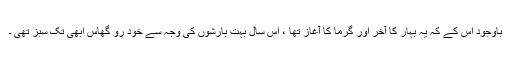
باوجود اس کے کہ یہ بہار کا آخر اور گرما کا آغاز تھا ، اس سال بہت بارشوں کی وجہ سے خود رو گھاس ابھی تک سبز تھی ۔